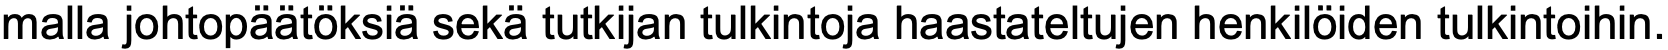
malla johtopäätöksiä sekä tutkijan tulkintoja haastateltujen henkilöiden tulkintoihin.